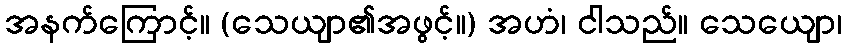
အနက်ကြောင့်။ (သေယျာ၏အဖွင့်။) အဟံ၊ ငါသည်။ သေယျော၊